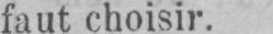
faut choisir.